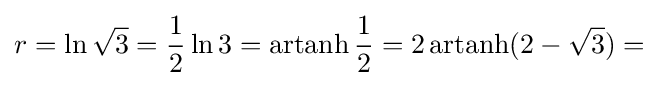
r=\ln {\sqrt {3}}={\frac {1}{2}}\ln 3=\operatorname {artanh} {\frac {1}{2}}=2\operatorname {artanh} (2-{\sqrt {3}})=